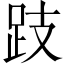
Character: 跂